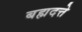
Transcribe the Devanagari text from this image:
बह्मदत्ते